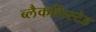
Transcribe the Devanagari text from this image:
ब्लैकलिस्टेड